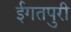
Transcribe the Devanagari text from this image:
ईगतपुरी